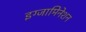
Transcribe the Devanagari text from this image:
इग्जामिनेशन